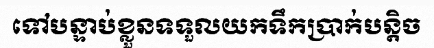
ទៅបន្ទាប់ខ្លួនទទួលយកទឹកប្រាក់បន្តិច